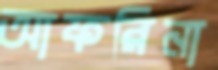
আফরিনা